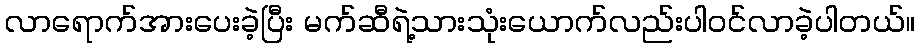
လာရောက်အားပေးခဲ့ပြီး မက်ဆီရဲ့သားသုံးယောက်လည်းပါဝင်လာခဲ့ပါတယ်။